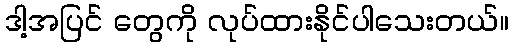
ဒါ့အပြင် တွေကို လုပ်ထားနိုင်ပါသေးတယ်။